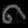
Digit: ၈